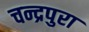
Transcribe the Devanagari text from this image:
चन्द्रपुरा